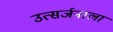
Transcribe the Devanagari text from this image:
उत्सर्जनाला